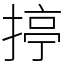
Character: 揨